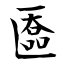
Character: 匲